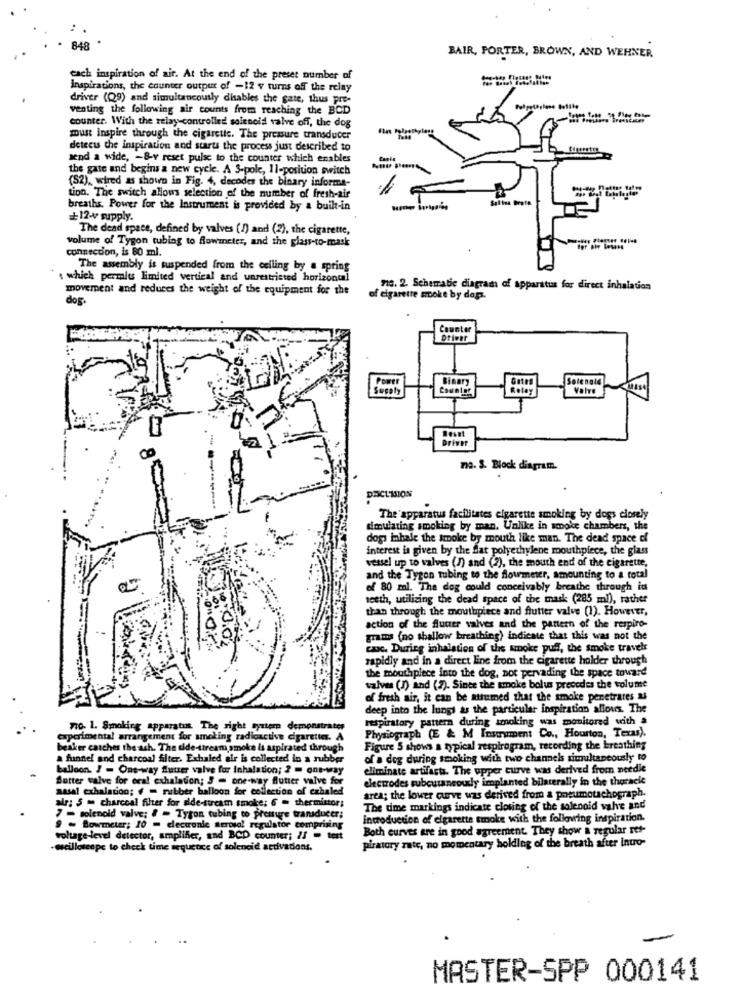
848
BAIR, PORTER, BROWN, AND WEHNER
cach inspiration of air. At the end of the preset number of
Inspirations, the counter output of -12 v turns off the relay
driver (Q9) and simultaneously disables the gate, thus pre-
venting the following air counts from reaching the BCD
counter. With the relay controlled solenoid valve off, the dog
must inspire through the cigarette. The pressure transducer
detect the inspiration and starts the process just described to
send a wide, - &v reset pulse to the counter which enables
the gate and begins a new cycle. A 3-pole, 11-position switch
(52), wired as shown in Fig. 4, decodes the binary informa-
tion. The switch allows selection of the number of fresh-air
breaths. Power for the Instrument is provided by a built-in
+12-v supply.
The dead space, defined by valves (1) and (2), the cigarette,
volume of Tygon tubing to Rowmeter, and the glass-to-mask
connection, is 80 ml.
The assembly is suspended from the ceiling by a spring
, which permits limited vertical and unrestricted horizontal
movement and reduces the weight of the equipment for the
718. 2. Schematic diagram of apparatus for direct inhalation
dos.
of cigarette smoke by dops.
Counter
Driver
Gate
Solenald
Binary
Relay
Valve
Driver
na. S. Block diagram.
.
DESCL'INION
The apparatus facilitates cigarette smoking by dogs closely
simulating smoking by man, Unlike in smoke chambers, the
dogs inhale the smoke by mouth like man. The dead space of
interest is given by the flat polyethylene mouthpiece, the glass
vessel up to valves (I) and (2), the mouth end of the cigarette,
and the Tygon tubing to the flowmeter, amounting to a total
of 80 ml. The dog could conceivably breathe through in
seeth, utilizing the dead space of the mask (285 ml), rather
than through the mouthpiece and flutter valve (1). However,
action of the flutter valves and the pattern of the respiro-
grams (no shallow breathing) indicate that this was not the
cac. During inhalation of the smoke puff, the smoke travels
rapidly and in a direct line from the cigarette holder through
the mouthpiece into the dog, not pervading the space toward
valves (J) and (2). Since the smoke bolus precedes the volume
of fresh air, it can be attumed that the smoke penetrates &
deep into the lungs as the particular inspiration allous. The
respiratory pattern during smoking was monitored with a
710. 1. Smoking apparatus The right tyrtern demonstrates
uporimental arrangement for smoking radioactive cigarettes. A
Physiograph (E & M Instrument Co ., Hourton, Texas).
beaker catches the ash. The side-stream, smoke is aspirated through
Figure 5 shows a typical respirogram, recording the breathing
a funnel and charcoal filter. Exhaled air is collected in a rubber
of a dog during smoking with two channels simultaneously to
balloon. J - Ons-way fluuer valve for Inhalation; 2 = one-way
eliminate artifacts. The upper curve was derived from needle
Sutter walve for oral exhalation; 3 - one-way flutter valve for
electrodes subcutaneously implanted bilaterally in the thoracic
nasal exhalation; # = rubber balloon for collection of czhaled
alr: 5 = charcoal filter for side-stream smoke; 6 = thermistor;
area; the lower curve was derived from a pneumotachograph.
The dme markings indicate closing of the solenoid valve and
7 - solenoid valve; # = Tyton tubing to presture transducer;
introduction of cigarette smoke with the following inspiration.
9 - Bowmeter; 10 = electronic serosal regulator comprising
Both curves are in good agreement. They show a regular ret-
voltage-level detector, amplifier, and BCD counter; // - test
piratory rate, no momentary holding of the breath after into-
oscilloscope to check time sequence of solenoid activations.
MASTER-SPP 000141